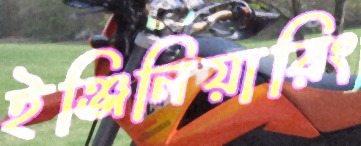
ইঞ্জিনিয়ারিং